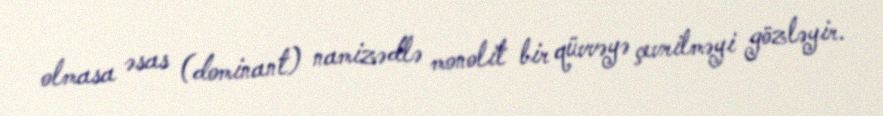
olmasa əsas (dominant) namizədlə monolit bir qüvvəyə çevrilməyi gözləyir.